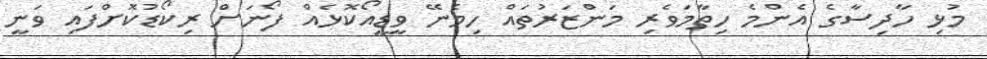
މުޅި ހާދިސާގެ އެންމެ ހިތާމަވެރި މަންޒަރުތައް ހިމެނޭ ވީޑީއޯކޮޅެއް ފޯނަށް ރިކޯޑުކޮށްފައި ވަނީ